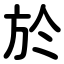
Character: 於